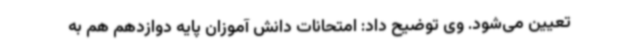
تعیین می‌شود. وی توضیح داد: امتحانات دانش آموزان پایه دوازدهم هم به